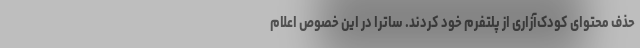
حذف محتوای کودک‌آزاری از پلتفرم خود کردند. ساترا در این خصوص اعلام